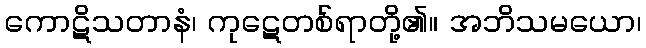
ကောဋိသတာနံ၊ ကုဋေတစ်ရာတို့၏။ အဘိသမယော၊